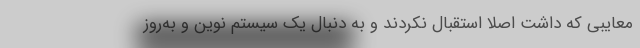
معایبی که داشت اصلا استقبال نکردند و به دنبال یک سیستم نوین و به‌روز